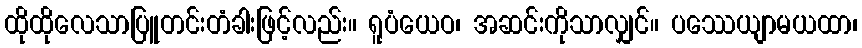
ထိုထိုလေသာပြူတင်းတံခါးဖြင့်လည်း။ ရူပံယေဝ၊ အဆင်းကိုသာလျှင်။ ပဿေယျာမယထာ၊